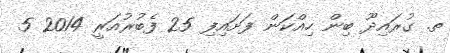
ތ. ގުރައިދޫ ބިން ހިއްކަން ފަށައިފި 25 ފެބުރުއަރީ 2014 5